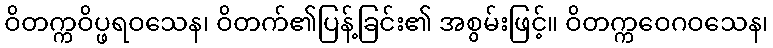
ဝိတက္ကဝိပ္ဖရဝသေန၊ ဝိတက်၏ပြန့်ခြင်း၏ အစွမ်းဖြင့်။ ဝိတက္ကဝေဂဝသေန၊